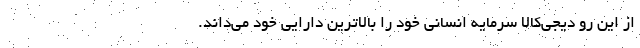
از این رو دیجی‌کالا سرمایه انسانی خود را بالاترین دارایی خود می‌داند.